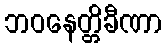
ဘဝနေတ္တိခီဏာ